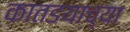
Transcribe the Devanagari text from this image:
कातडयाच्या